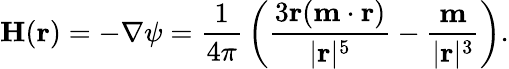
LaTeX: {\mathbf{H}}({\mathbf{r}})=-\nabla\psi={\frac{1}{4\pi}}\left({\frac{3\mathbf{r}(\mathbf{m}\cdot\mathbf{r})}{|\mathbf{r}|^{5}}}-{\frac{\mathbf{m}}{|\mathbf{r}|^{3}}}\right).